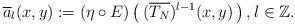
LaTeX: \begin{align*} \overline{a}_{l}(x, y) := (\eta \circ E)\left(\,(\overline{T_N})^{l-1} (x, y) \,\right),l \in \mathbb{Z}.\end{align*}